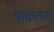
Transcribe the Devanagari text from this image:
प्राकतन